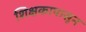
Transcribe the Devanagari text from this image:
शिक्षकापासून